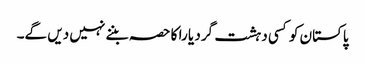
پاکستان کو کسی دہشت گرد یا را کا حصہ بننے نہیں دیں گے۔